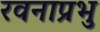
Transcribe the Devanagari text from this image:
रवनाप्रभु